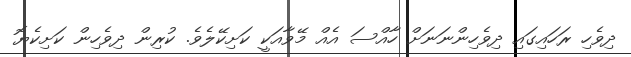
ދިވެހި ރަހައިގައި ދިވެހިންނަނަށް ހާއްސަ އެއް މޭވާއަކީ ކަށިކޭލެވެ. ކުރިން ދިވެހިން ކަށިކެޔޮ